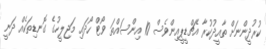
ކުރުދީންނަށް ތާއީދުކުރާ އެޗްޑީޕީއިންވެސް 10 އިންސައްތަ ވޯޓް ހޯދައި މަޖިލީހުގެ ގޮނޑިތަކެއް ދަނީ